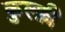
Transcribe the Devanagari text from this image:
कुल्फ़ी